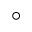
^ { \circ }